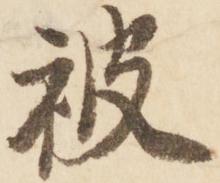
被